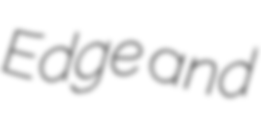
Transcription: Edge and